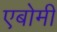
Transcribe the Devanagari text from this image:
एबोमी